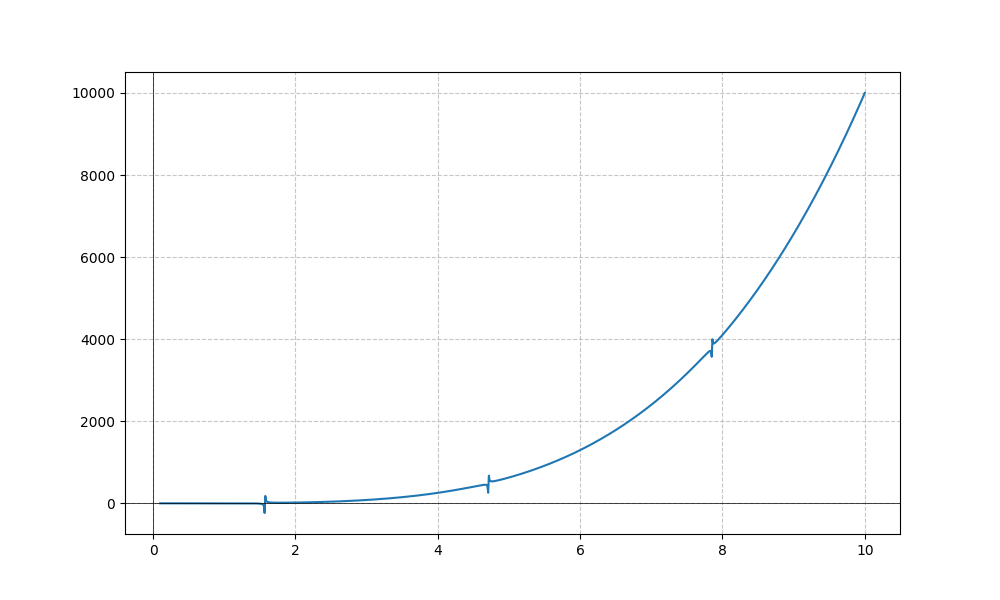
LaTeX formula: x^{4} - \tan{\left(x \right)}